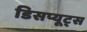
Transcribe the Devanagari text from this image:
डिसप्यूट्स